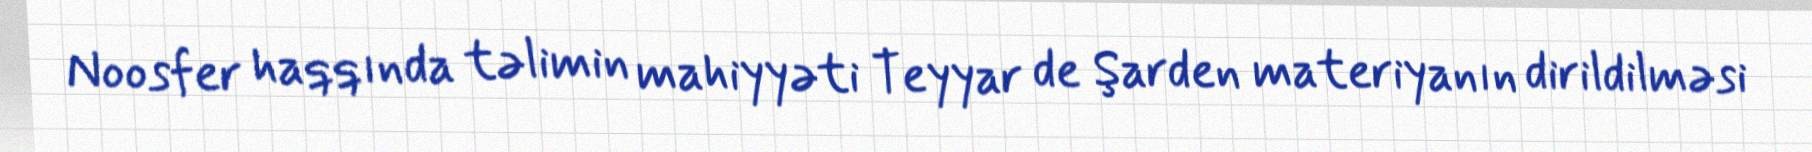
Noosfer haqqında təlimin mahiyyəti Teyyar de Şarden materiyanın dirildilməsi